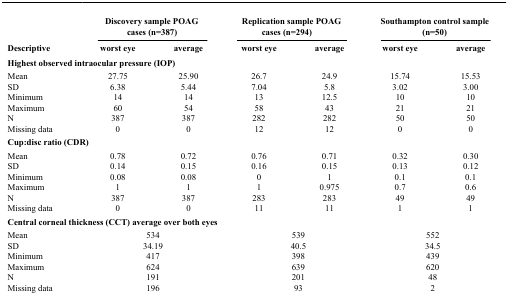
<table><thead><tr><td><b> </b></td><td colspan="2"><b>Discovery sample POAG cases (n=387)</b></td><td colspan="2"><b>Replication sample POAG cases (n=294)</b></td><td colspan="2"><b>Southampton control sample (n=50)</b></td></tr></thead><tbody><tr><td><b>Descriptive</b></td><td><b>worst eye</b></td><td><b>average</b></td><td><b>worst eye</b></td><td><b>average</b></td><td><b>worst eye</b></td><td><b>average</b></td></tr><tr><td colspan="7"><b>Highest observed intraocular pressure (IOP)</b></td></tr><tr><td>Mean</td><td>27.75</td><td>25.90</td><td>26.7</td><td>24.9</td><td>15.74</td><td>15.53</td></tr><tr><td>SD</td><td>6.38</td><td>5.44</td><td>7.04</td><td>5.8</td><td>3.02</td><td>3.00</td></tr><tr><td>Minimum</td><td>14</td><td>14</td><td>13</td><td>12.5</td><td>10</td><td>10</td></tr><tr><td>Maximum</td><td>60</td><td>54</td><td>58</td><td>43</td><td>21</td><td>21</td></tr><tr><td>N</td><td>387</td><td>387</td><td>282</td><td>282</td><td>50</td><td>50</td></tr><tr><td>Missing data</td><td>0</td><td>0</td><td>12</td><td>12</td><td>0</td><td>0</td></tr><tr><td colspan="7"><b>Cup:disc ratio (CDR)</b></td></tr><tr><td>Mean</td><td>0.78</td><td>0.72</td><td>0.76</td><td>0.71</td><td>0.32</td><td>0.30</td></tr><tr><td>SD</td><td>0.14</td><td>0.15</td><td>0.16</td><td>0.15</td><td>0.13</td><td>0.12</td></tr><tr><td>Minimum</td><td>0.08</td><td>0.08</td><td>0</td><td>1</td><td>0.1</td><td>0.1</td></tr><tr><td>Maximum</td><td>1</td><td>1</td><td>1</td><td>0.975</td><td>0.7</td><td>0.6</td></tr><tr><td>N</td><td>387</td><td>387</td><td>283</td><td>283</td><td>49</td><td>49</td></tr><tr><td>Missing data</td><td>0</td><td>0</td><td>11</td><td>11</td><td>1</td><td>1</td></tr><tr><td colspan="7"><b>Central corneal thickness (CCT) average over both eyes</b></td></tr><tr><td>Mean</td><td colspan="2">534</td><td colspan="2">539</td><td colspan="2">552</td></tr><tr><td>SD</td><td colspan="2">34.19</td><td colspan="2">40.5</td><td colspan="2">34.5</td></tr><tr><td>Minimum</td><td colspan="2">417</td><td colspan="2">398</td><td colspan="2">439</td></tr><tr><td>Maximum</td><td colspan="2">624</td><td colspan="2">639</td><td colspan="2">620</td></tr><tr><td>N</td><td colspan="2">191</td><td colspan="2">201</td><td colspan="2">48</td></tr><tr><td>Missing data</td><td colspan="2">196</td><td colspan="2">93</td><td colspan="2">2</td></tr></tbody></table>